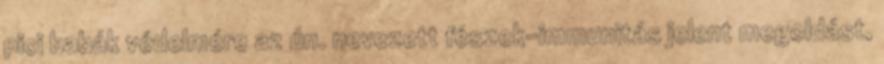
pici babák védelmére az ún. nevezett fészek-immunitás jelent megoldást,